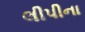
લીપીના